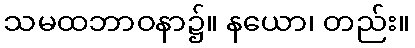
သမထဘာဝနာ၌။ နယော၊ တည်း။